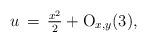
LaTeX: \begin{align*}u\,=\,\tfrac{x^2}{2} + {\rm O}_{x,y}(3),\end{align*}